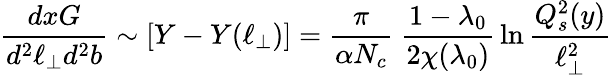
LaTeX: {\frac{dxG}{d^{2}\ell_{\perp}d^{2}b}}\sim[Y-Y(\ell_{\perp})]={\frac{\pi}{\alpha N_{c}}}\ {\frac{1-\lambda_{0}}{2\chi(\lambda_{0})}}\ln{\frac{Q_{s}^{2}(y)}{\ell_{\perp}^{2}}}